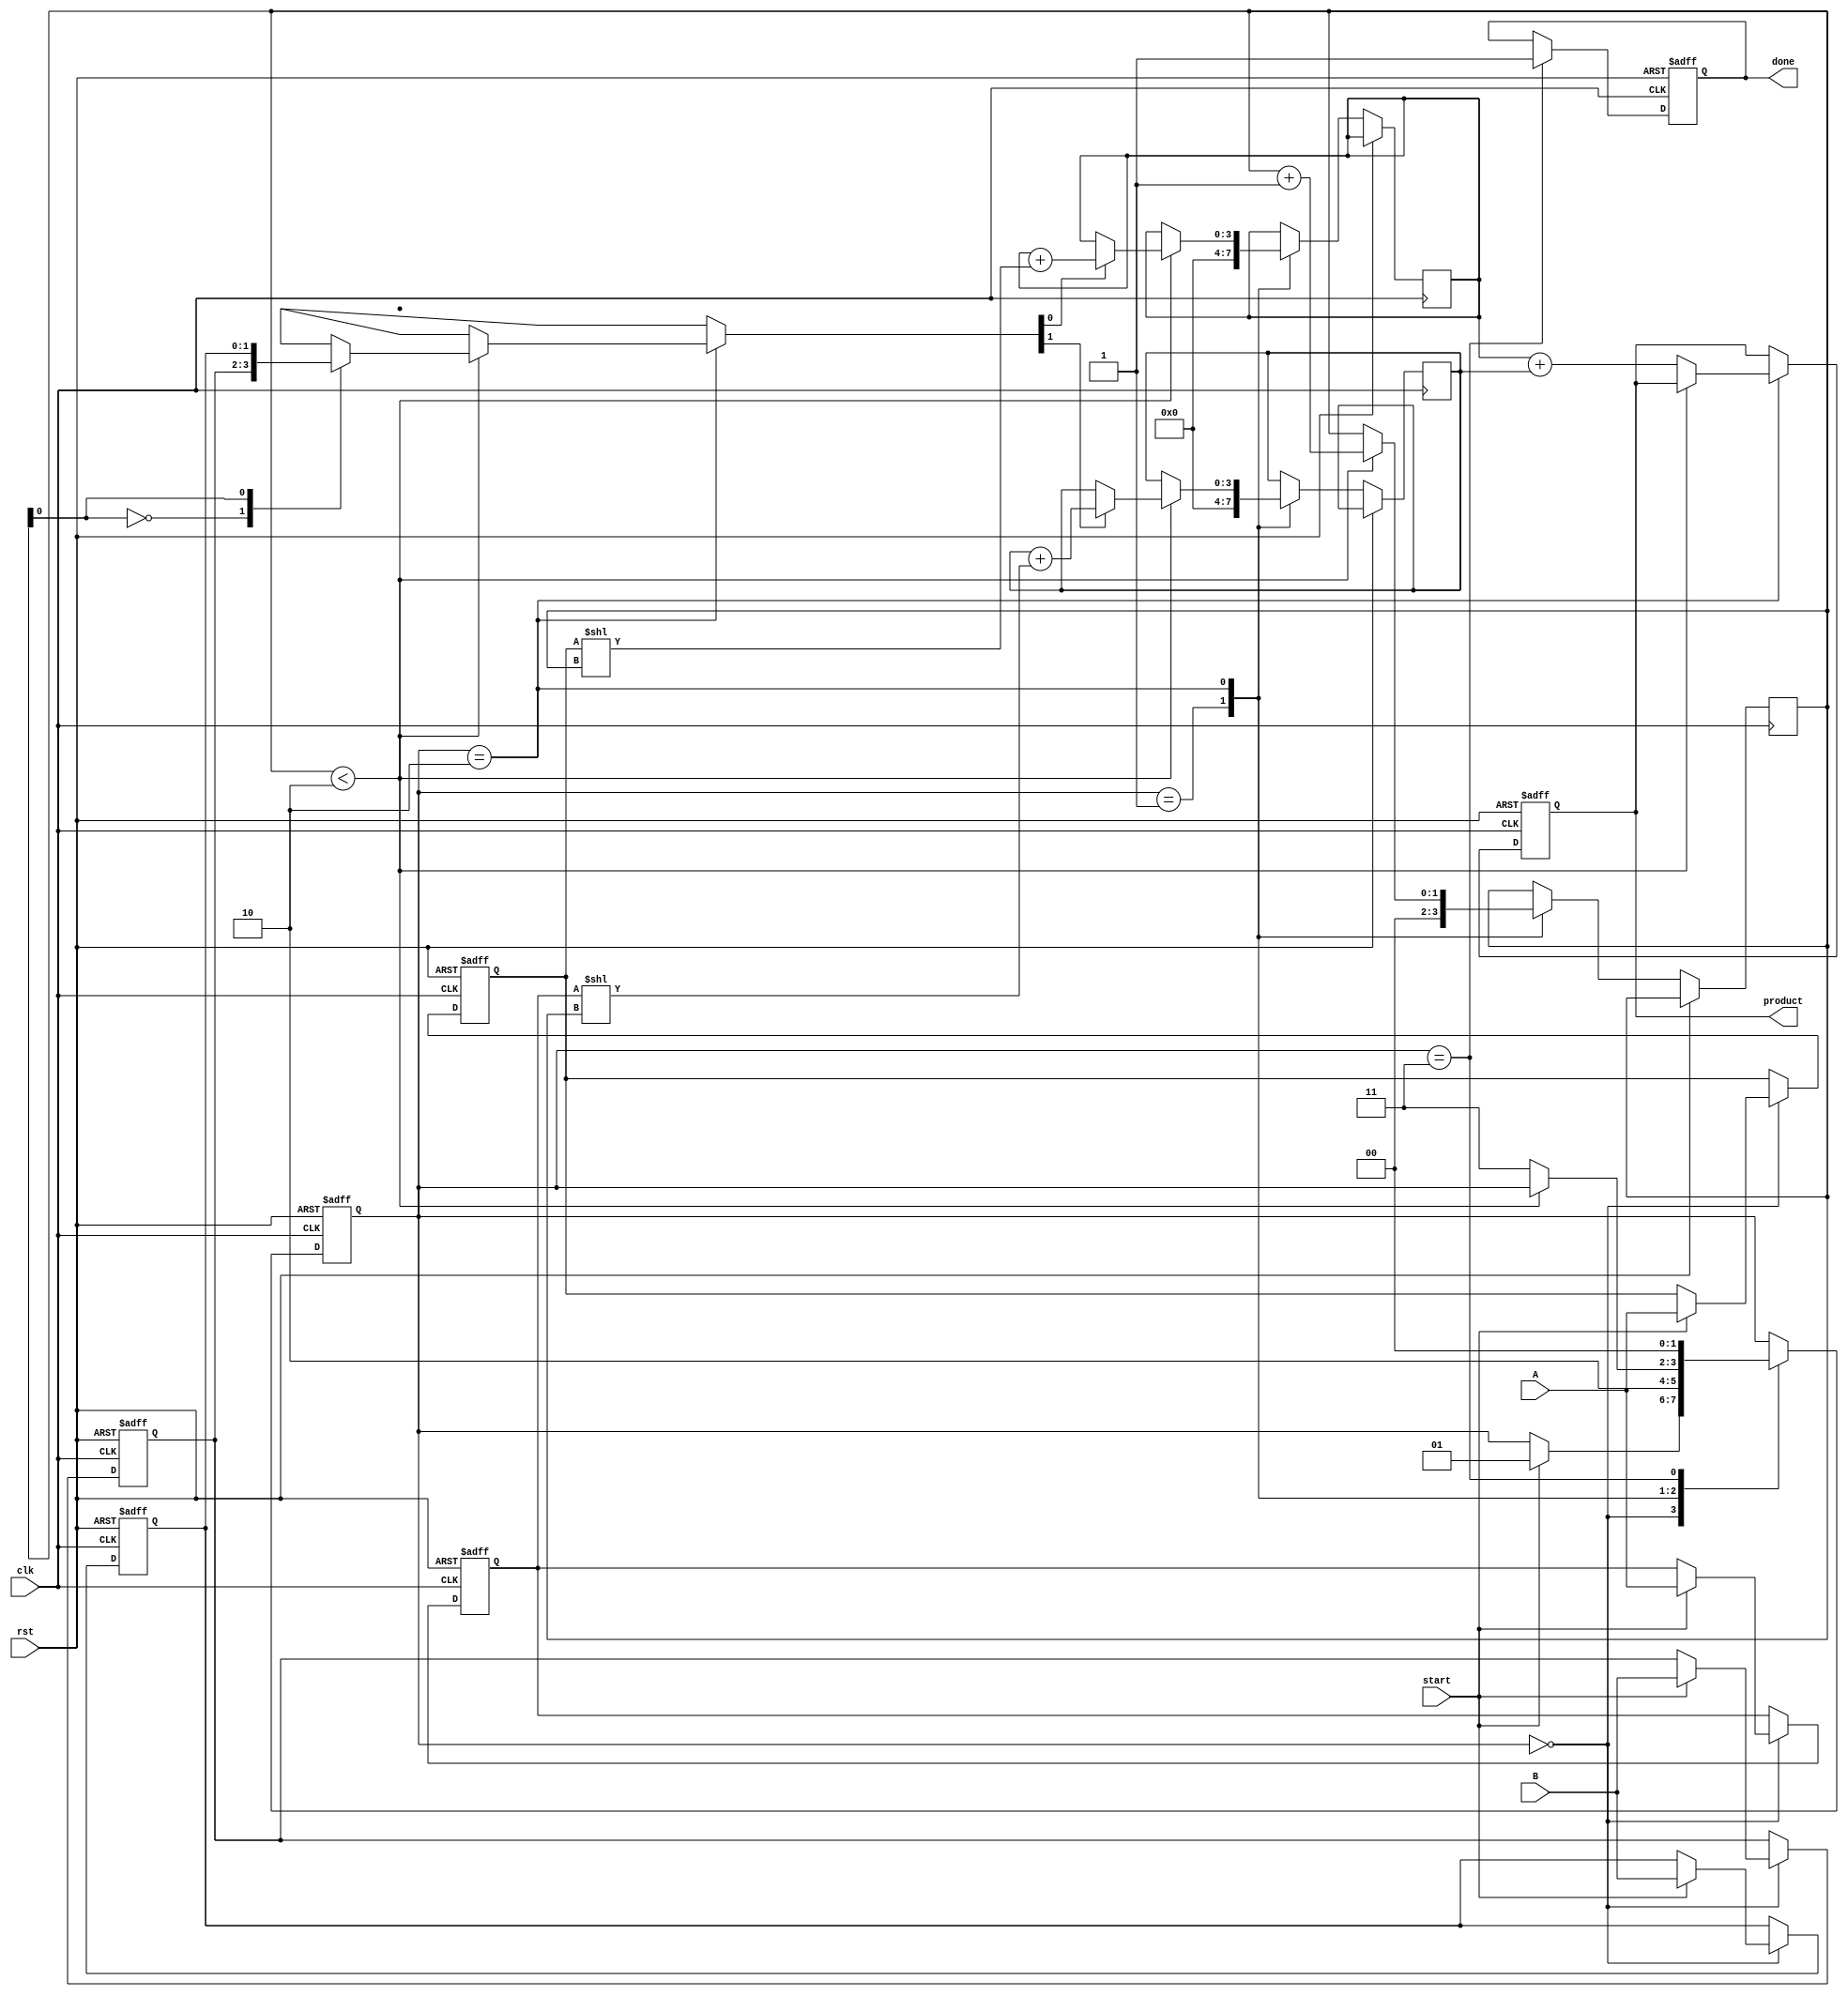
module systolic_multiplier (
    input clk,
    input rst,
    input [1:0] A, // 2-bit multiplicand
    input [1:0] B, // 2-bit multiplier
    input start,
    output reg [3:0] product, // 4-bit product
    output reg done
);

    reg [1:0] A_reg [1:0]; // Registers to hold A bits
    reg [1:0] B_reg [1:0]; // Registers to hold B bits
    reg [3:0] partial_product [1:0]; // Partial products
    reg [1:0] state; // State for FSM
    reg [1:0] i, j; // Loop indices

    localparam IDLE = 2'b00;
    localparam LOAD = 2'b01;
    localparam COMPUTE = 2'b10;
    localparam DONE = 2'b11;

    // Load A and B into registers
    always @(posedge clk or posedge rst) begin
        if (rst) begin
            A_reg[0] <= 2'b00;
            A_reg[1] <= 2'b00;
            B_reg[0] <= 2'b00;
            B_reg[1] <= 2'b00;
            state <= IDLE;
            done <= 0;
            product <= 4'b0000;
        end else begin
            case (state)
                IDLE: begin
                    if (start) begin
                        A_reg[0] <= A; // Load A[0]
                        A_reg[1] <= A; // Load A[1]
                        B_reg[0] <= B; // Load B[0]
                        B_reg[1] <= B; // Load B[1]
                        state <= LOAD;
                    end
                end

                LOAD: begin
                    // Initialize partial products
                    partial_product[0] <= 4'b0000;
                    partial_product[1] <= 4'b0000;
                    state <= COMPUTE;
                    i <= 0; // Reset loop index
                end

                COMPUTE: begin
                    if (i < 2) begin
                        // Compute partial products
                        if (B_reg[i][0]) begin
                            partial_product[0] <= partial_product[0] + (A_reg[0] << i);
                        end
                        if (B_reg[i][1]) begin
                            partial_product[1] <= partial_product[1] + (A_reg[1] << i);
                        end
                        i <= i + 1; // Increment index
                    end else begin
                        // Accumulate final product
                        product <= partial_product[0] + partial_product[1];
                        state <= DONE;
                    end
                end

                DONE: begin
                    done <= 1; // Signal that multiplication is done
                    state <= IDLE; // Go back to idle state
                end
            endcase
        end
    end
endmodule